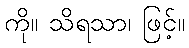
ကို။ သိရသာ၊ ဖြင့်။